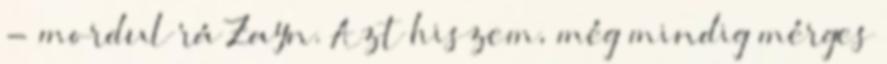
- mordul rá Zayn. Azt hiszem, még mindig mérges